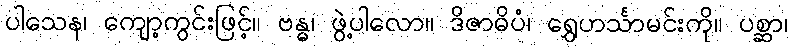
ပါသေန၊ ကျော့ကွင်းဖြင့်။ ဗန္ဓ၊ ဖွဲ့ပါလော။ ဒိဇာဓိပံ၊ ရွှေဟင်္သာမင်းကို။ ပစ္ဆာ၊